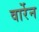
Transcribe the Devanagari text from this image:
वार्रेन